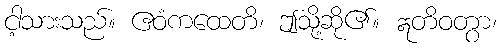
ငါ့သားသည်။ ဧဝံကထေတိ၊ ဤသို့ဆို၏။ ဣတိဝတွာ၊